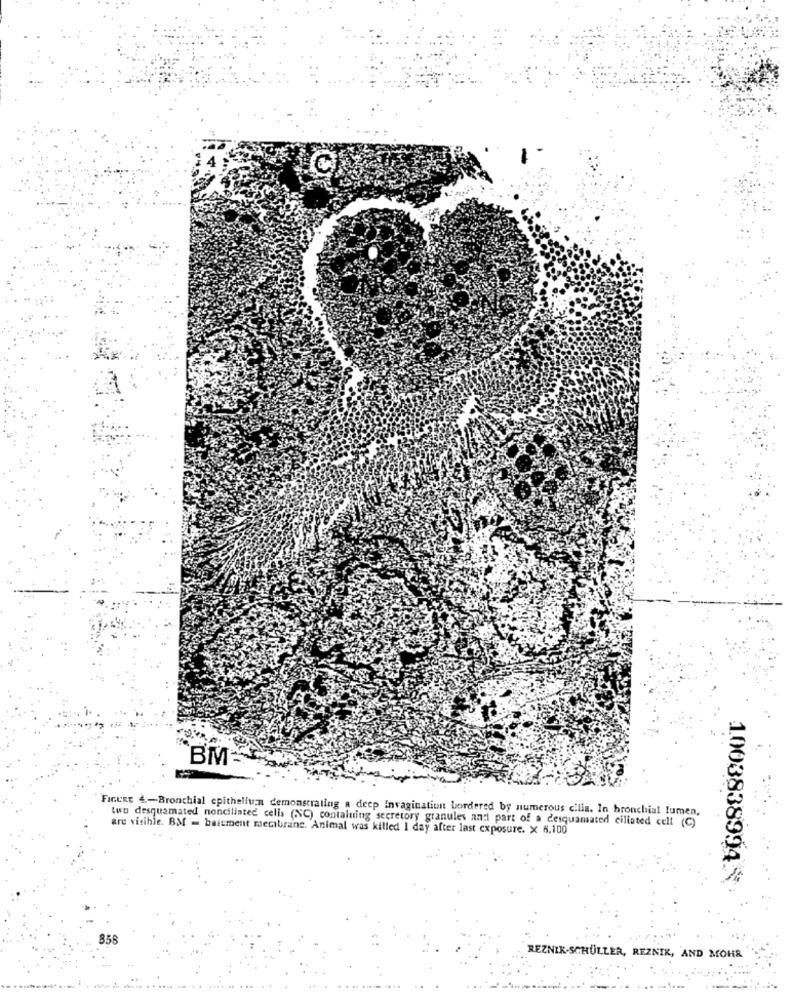
BM-
FIGURE 4-Bronchial epithelium demonstrating a deep Invagination bordered by numerous cilia. In bronchial lumen,
two desquamated nonciliated cells (NC) contalning secretory granules and part of a desquamated ciliated cell (C)
are visible. BM = baisment mecibranc. Animal was killed 1 day after last exposure. x 6,100
1003838994%
858
REZNIK-SCHULLER, REZNIK, AND MOHR